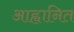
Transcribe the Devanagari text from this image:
आह्वानित